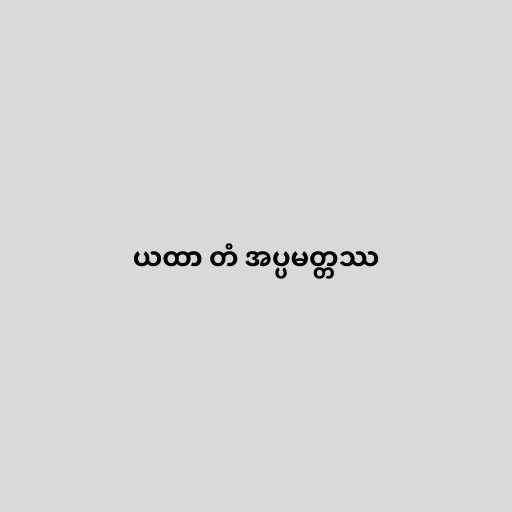
ယထာ တံ အပ္ပမတ္တဿ